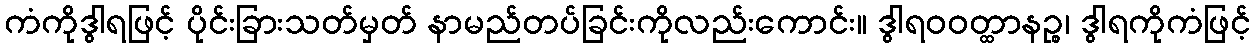
ကံကိုဒွါရဖြင့် ပိုင်းခြားသတ်မှတ် နာမည်တပ်ခြင်းကိုလည်းကောင်း။ ဒွါရဝဝတ္ထာနဉ္စ၊ ဒွါရကိုကံဖြင့်